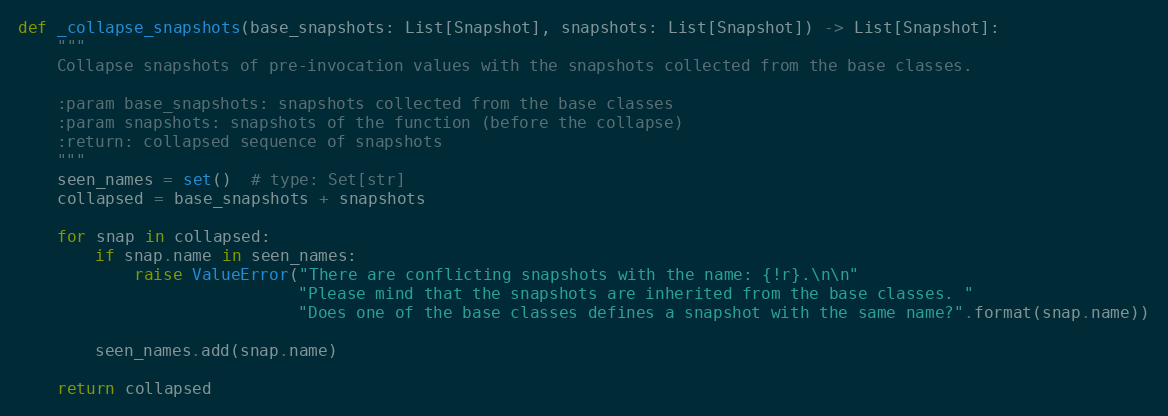
Language: Python
def _collapse_snapshots(base_snapshots: List[Snapshot], snapshots: List[Snapshot]) -> List[Snapshot]:
    """
    Collapse snapshots of pre-invocation values with the snapshots collected from the base classes.

    :param base_snapshots: snapshots collected from the base classes
    :param snapshots: snapshots of the function (before the collapse)
    :return: collapsed sequence of snapshots
    """
    seen_names = set()  # type: Set[str]
    collapsed = base_snapshots + snapshots

    for snap in collapsed:
        if snap.name in seen_names:
            raise ValueError("There are conflicting snapshots with the name: {!r}.\n\n"
                             "Please mind that the snapshots are inherited from the base classes. "
                             "Does one of the base classes defines a snapshot with the same name?".format(snap.name))

        seen_names.add(snap.name)

    return collapsed